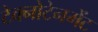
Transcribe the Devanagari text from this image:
टेक्नोटेनमेंट